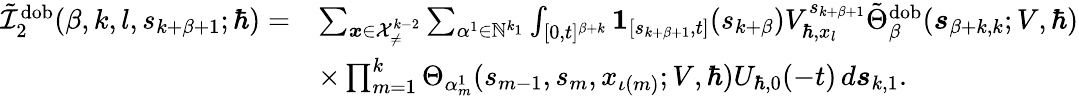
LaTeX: \begin{array}{rl}{\tilde{\mathcal{I}}_{2}^{\mathrm{dob}}(\beta,k,l,s_{k+\beta+1};\hbar)=}&{\sum_{\boldsymbol{x}\in\mathcal{X}_{\neq}^{k-2}}\sum_{\alpha^{1}\in\mathbb{N}^{k_{1}}}\int_{[0,t]^{\beta+k}}\boldsymbol{1}_{[s_{k+\beta+1},t]}(s_{k+\beta})V_{\hbar,x_{l}}^{s_{k+\beta+1}}\tilde{\Theta}_{\beta}^{\mathrm{dob}}(\boldsymbol{s}_{\beta+k,k};V,\hbar)}\\ &{\times\prod_{m=1}^{k}\Theta_{\alpha_{m}^{1}}(s_{m-1},{s}_{m},x_{\iota(m)};V,\hbar)U_{\hbar,0}(-t)\, d\boldsymbol{s}_{k,1}.}\end{array}